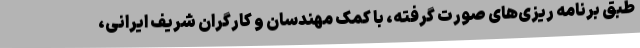
طبق برنامه ریزی‌های صورت گرفته، با کمک مهندسان و کارگران شریف ایرانی،